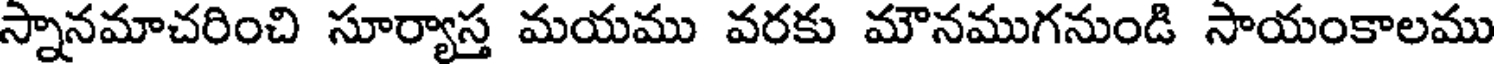
స్నానమాచరించి సూర్యాస్త మయము వరకు మౌనముగనుండి సాయంకాలము